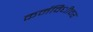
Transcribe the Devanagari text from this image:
कर्मविधीवर